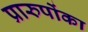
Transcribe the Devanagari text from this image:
प्रारुपोंका